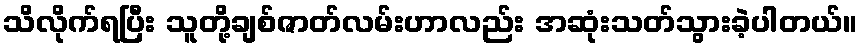
သိလိုက်ရပြီး သူတို့ချစ်ဇာတ်လမ်းဟာလည်း အဆုံးသတ်သွားခဲ့ပါတယ်။